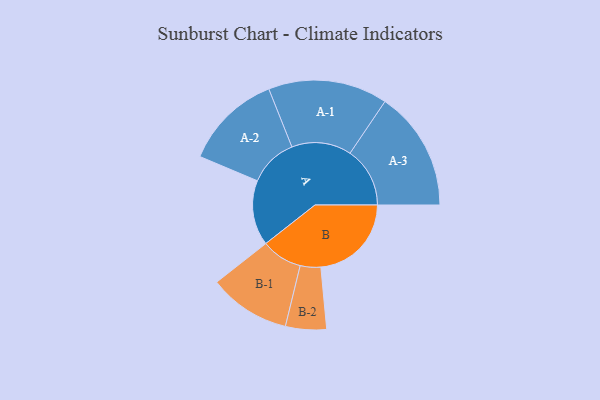
{"axis": {"x": "Segment", "y": "Value"}, "legend": ["", "A", "B"], "data": [{"x": "A", "y": 319, "type": ""}, {"x": "B", "y": 443, "type": ""}, {"x": "A-1", "y": 292, "type": "A"}, {"x": "A-2", "y": 238, "type": "A"}, {"x": "A-3", "y": 293, "type": "A"}, {"x": "B-1", "y": 200, "type": "B"}, {"x": "B-2", "y": 100, "type": "B"}]}